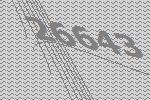
26643